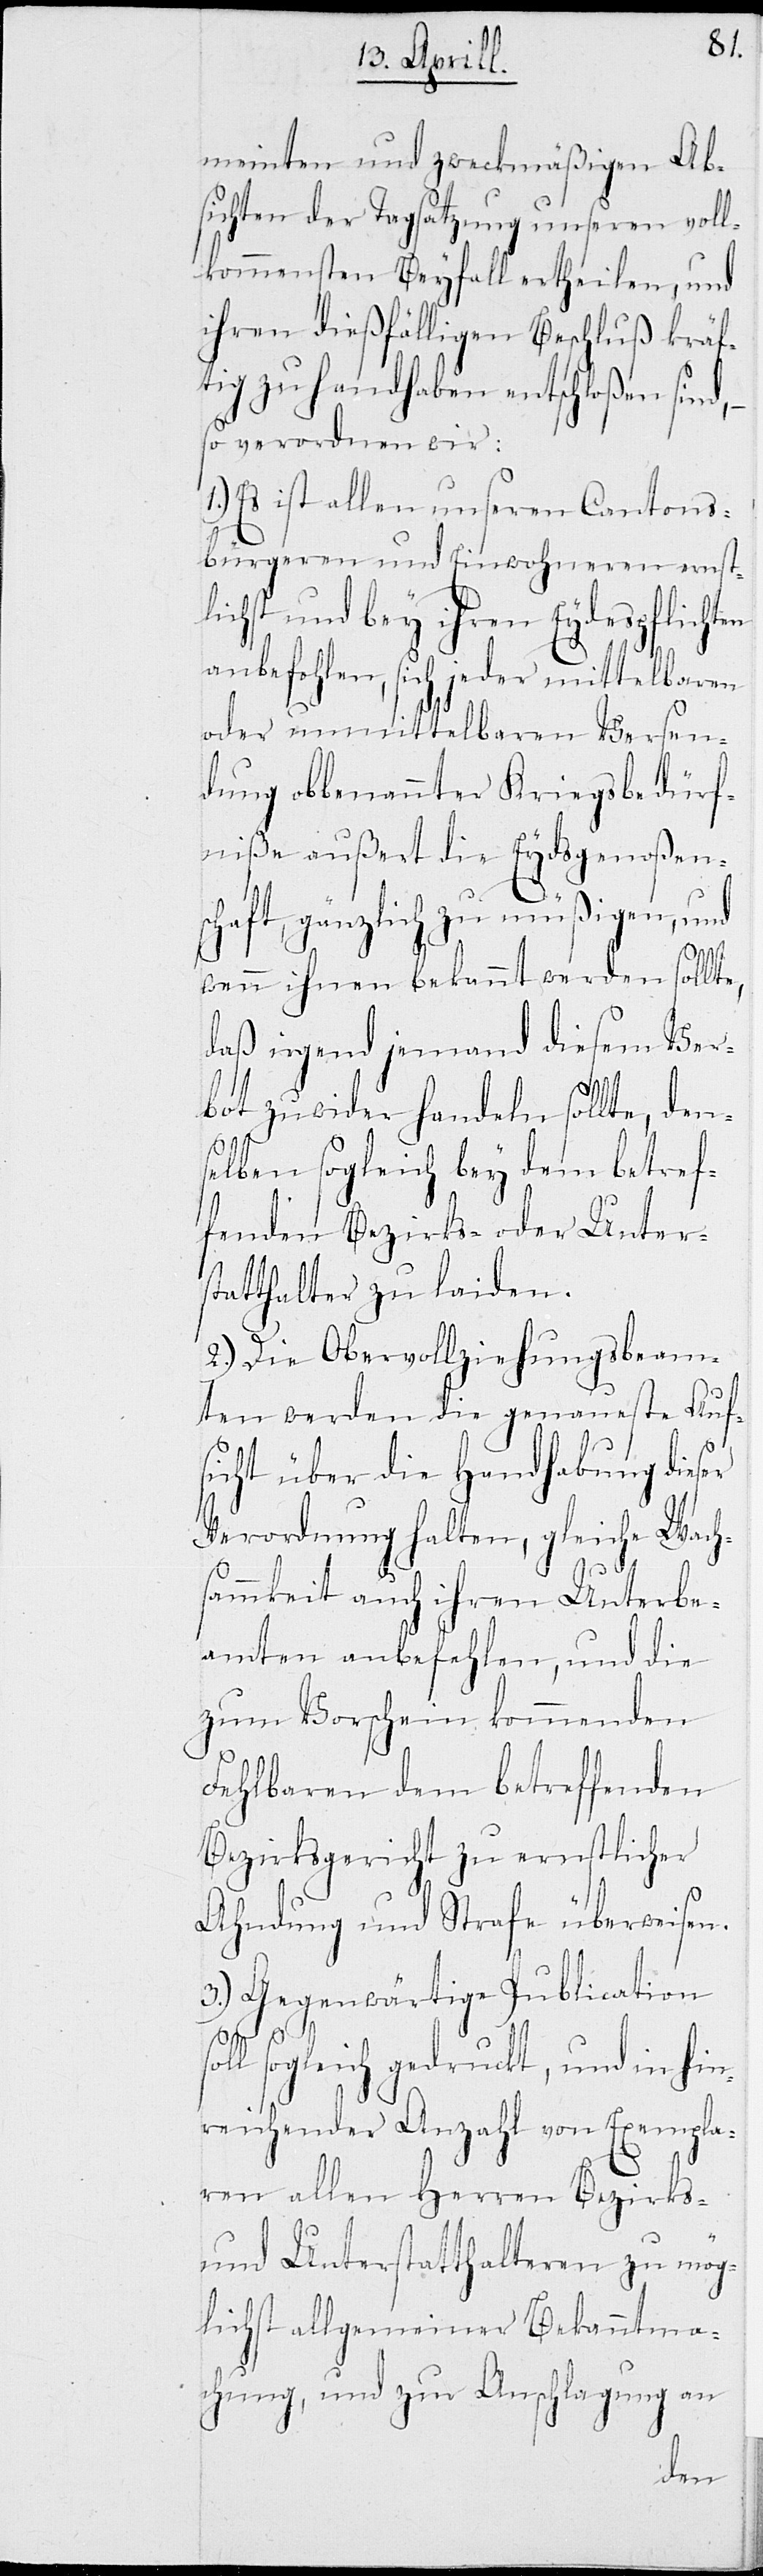
meinten und zweckmäßigen Ab¬
sichten der Tagsatzung unseren voll¬
kommensten Beyfall ertheilen, und
ihren dießfälligen Beschluß kräf¬
tig zu handhaben entschloßen sind, –
so verordnen wir:
Es ist allen unseren Cantons¬
bürgeren und Einwohneren ernst¬
lichst und bey ihren Eydespflichten
anbefohlen, sich jeder mittelbaren
oder unmittelbaren Versen¬
dung obbenannter Kriegsbedürf¬
niße außert die Eydsgenoßens¬
chaft, gänzlich zu müßigen, und
1.)
wenn ihnen bekannt werden sollte,
daß irgend jemand diesem Ver¬
bot zuwider handeln sollte, den¬
selben sogleich bey dem betref¬
fenden Bezirks- oder Unter¬
statthalter zu laiden.
2.) Die Obervollziehungsbeam¬
ten werden die genaueste Auf¬
sicht über die Handhabung dieser
Verordnung halten, gleiche Wach¬
sammkeit auch ihren Unterbe¬
amten anbefehlen, und die
zum Vorschein kommenden
Fehlbaren dem betreffenden
Bezirksgericht zu ernstlicher
Ahndung und Strafe überweisen.
3.) Gegenwärtige Publication
sogleich gedruckt, und in hin¬
reichender Anzahl von Exempla¬
ren allen Herren Bezirks-
und Unterstatthalteren zu mög¬
lichst allgemeiner Bekanntma¬
chung, und zur Anschlagung an